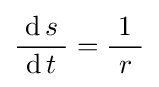
{\frac {\operatorname {d} s}{\ \operatorname {d} t\ }}={\frac {\ 1\ }{r}}